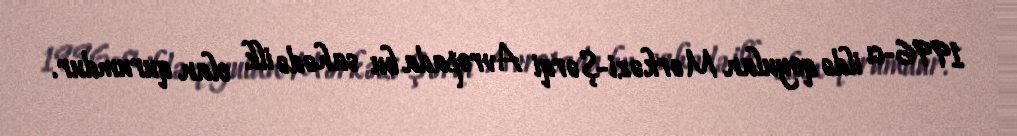
1996-cı ildə qoyulan Mərkəzi-Şərqi Avropada bu sahədə ilk olan qurumdur.